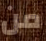
من